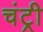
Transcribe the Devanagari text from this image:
चंट्री